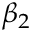
\beta _ { 2 }